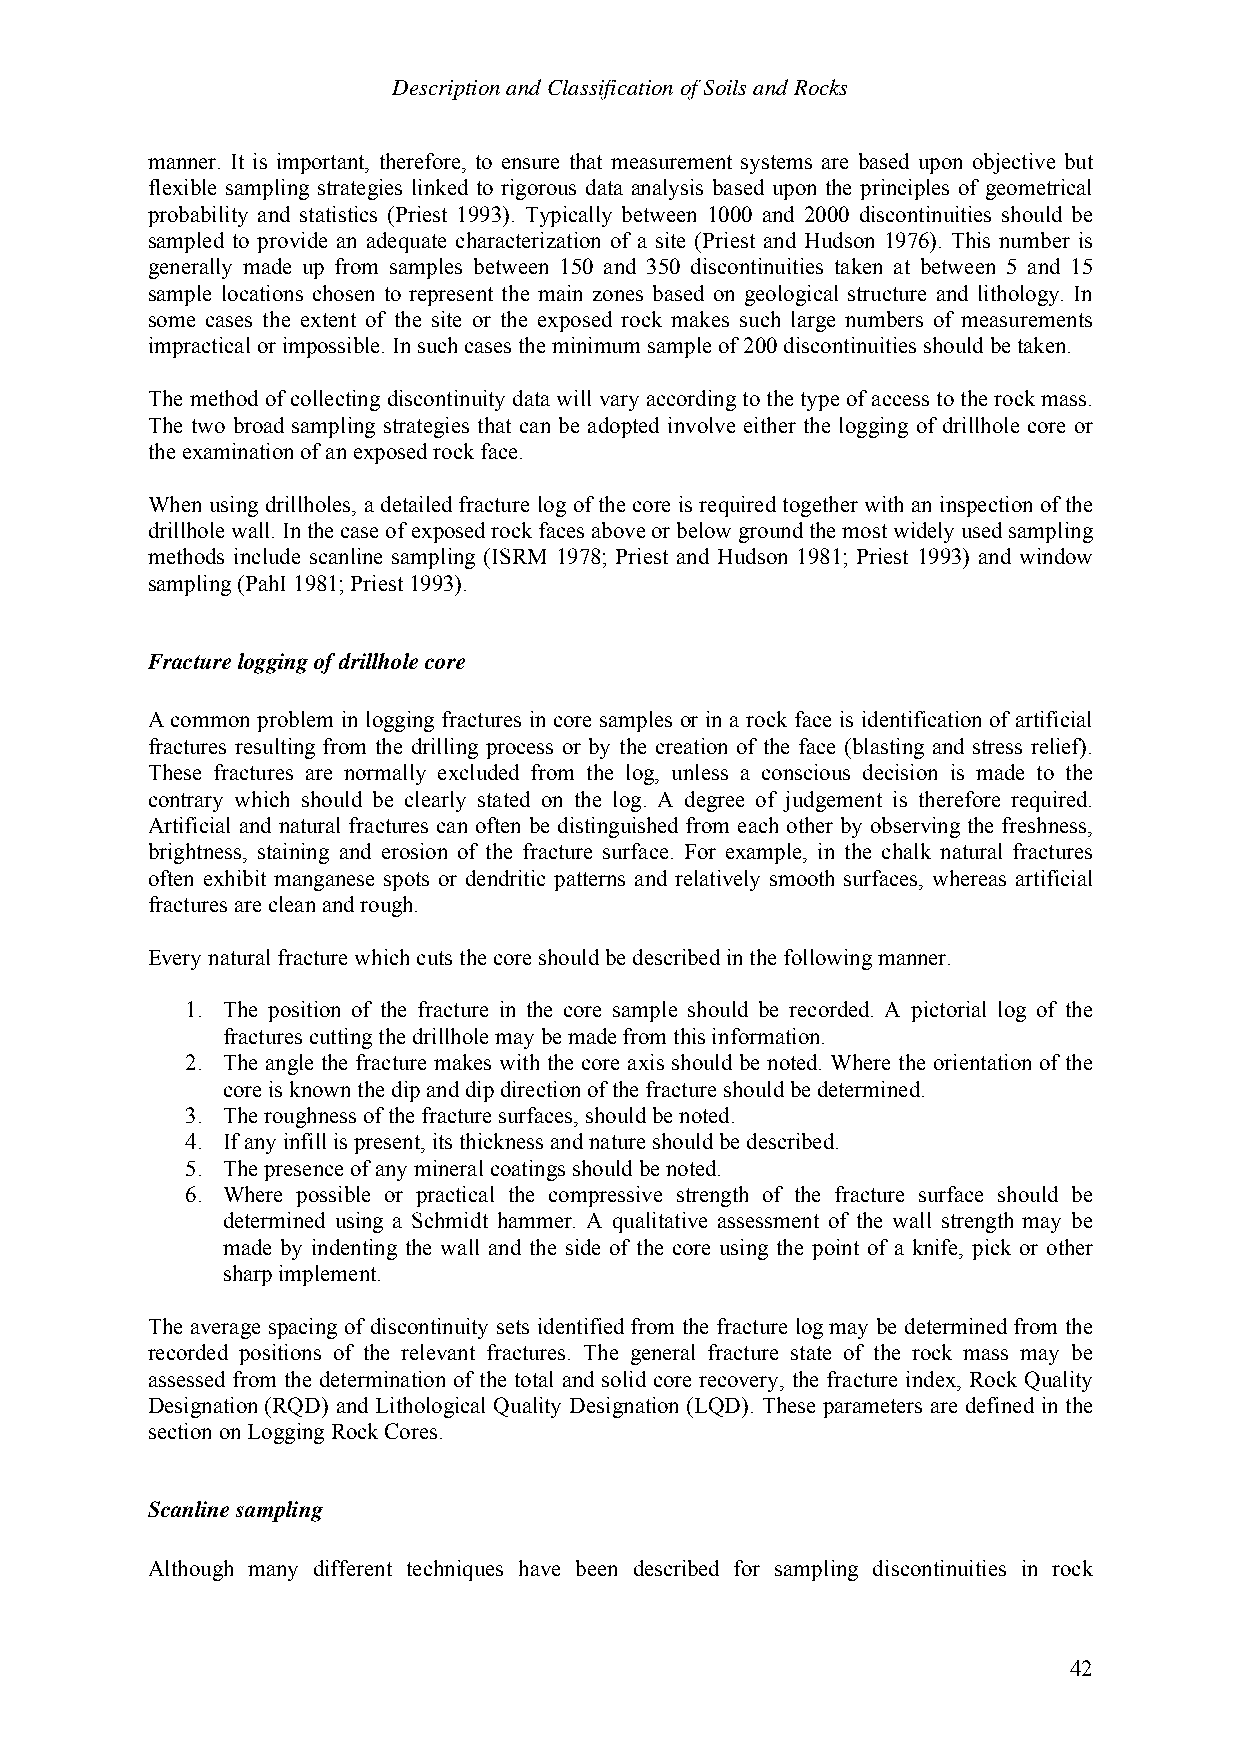
Description and Classification of Soils and Rocks
 manner. It is important, therefore, to ensure that measurement systems are based upon objective but
 flexible sampling strategies linked to rigorous data analysis based upon the principles of geometrical
 probability and statistics (Priest 1993). Typically between 1000 and 2000 discontinuities should be
 sampled to provide an adequate characterization of a site (Priest and Hudson 1976). This number is
 generally made up from samples between 150 and 350 discontinuities taken at between 5 and 15
 sample locations chosen to represent the main zones based on geological structure and lithology. In
 some cases the extent of the site or the exposed rock makes such large numbers of measurements
 impractical or impossible. In such cases the minimum sample of 200 discontinuities should be taken.
 The method of collecting discontinuity data will vary according to the type of access to the rock mass.
 The two broad sampling strategies that can be adopted involve either the logging of drillhole core or
 the examination of an exposed rock face.
 When using drillholes, a detailed fracture log of the core is required together with an inspection of the
 drillhole wall. In the case of exposed rock faces above or below ground the most widely used sampling
 methods include scanline sampling (ISRM 1978; Priest and Hudson 1981; Priest 1993) and window
 sampling (PahI 1981; Priest 1993).
 Fracture logging of drillhole core
 A common problem in logging fractures in core samples or in a rock face is identification of artificial
 fractures resulting from the drilling process or by the creation of the face (blasting and stress relief).
 These fractures are normally excluded from the log, unless a conscious decision is made to the
 contrary which should be clearly stated on the log. A degree of judgement is therefore required.
 Artificial and natural fractures can often be distinguished from each other by observing the freshness,
 brightness, staining and erosion of the fracture surface. For example, in the chalk natural fractures
 often exhibit manganese spots or dendritic patterns and relatively smooth surfaces, whereas artificial
 fractures are clean and rough.
 Every natural fracture which cuts the core should be described in the following manner.
 1. The position of the fracture in the core sample should be recorded. A pictorial log of the
 fractures cutting the drillhole may be made from this information.
 2. The angle the fracture makes with the core axis should be noted. Where the orientation of the
 core is known the dip and dip direction of the fracture should be determined.
 3. The roughness of the fracture surfaces, should be noted.
 4. If any infill is present, its thickness and nature should be described.
 5. The presence of any mineral coatings should be noted.
 6. Where possible or practical the compressive strength of the fracture surface should be
 determined using a Schmidt hammer. A qualitative assessment of the wall strength may be
 made by indenting the wall and the side of the core using the point of a knife, pick or other
 sharp implement.
 The average spacing of discontinuity sets identified from the fracture log may be determined from the
 recorded positions of the relevant fractures. The general fracture state of the rock mass may be
 assessed from the determination of the total and solid core recovery, the fracture index, Rock Quality
 Designation (RQD) and Lithological Quality Designation (LQD). These parameters are defined in the
 section on Logging Rock Cores.
 Scanline sampling
 Although many different techniques have been described for sampling discontinuities in rock
 42